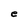
Character: e